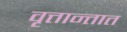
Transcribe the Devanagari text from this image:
वृत्तान्तात